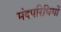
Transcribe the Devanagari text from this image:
मंदपरिधियों